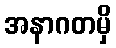
အနာဂတမှိ